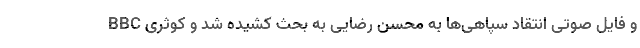
BBC و فایل صوتی انتقاد سپاهی‌ها به محسن رضایی به بحث کشیده شد و کوثری